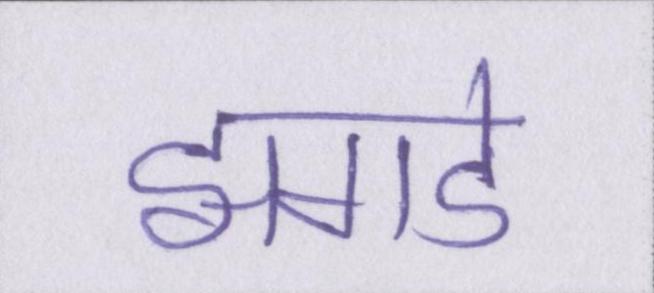
झगडे